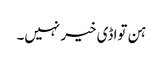
ہن تواڈی خیر نہیں۔